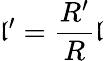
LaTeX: \mathfrak{l}^{\prime}=\frac{{R^{\prime}}}{{R}}\mathfrak{l}